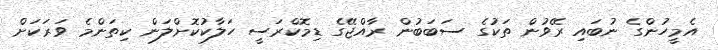
އެމީހުންގެ ނުބައި ރޭވުން ތަކުގެ ސަބަބުން ރާއްޖޭގެ ޑިމޮކްރަސީ ހަލާކުކޮށްލަން ކިތަންމެ ވަރަކަށް